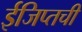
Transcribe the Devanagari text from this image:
ईजिप्तची